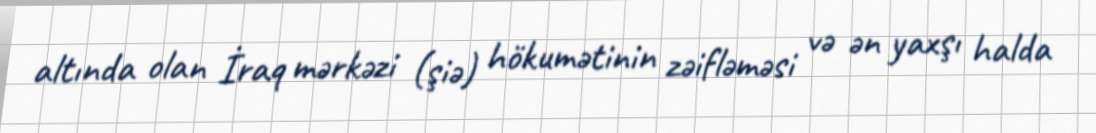
altında olan İraq mərkəzi (şiə) hökumətinin zəifləməsi və ən yaxşı halda